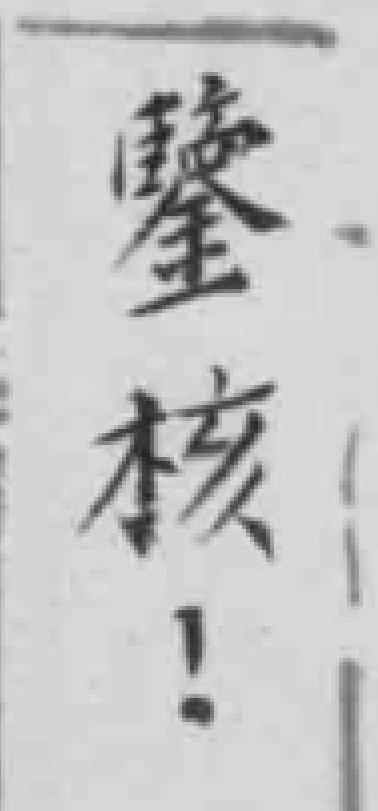
監核！